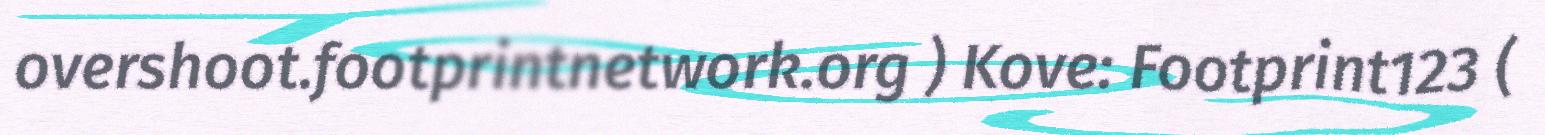
overshoot.footprintnetwork.org ) Kove: Footprint123 (